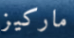
ماركيز